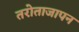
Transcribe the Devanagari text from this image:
तरोताजापन